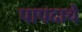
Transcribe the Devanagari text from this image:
पापदाचे